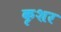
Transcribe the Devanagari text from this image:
कृशर